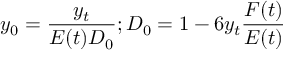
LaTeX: y _ { 0 } = \frac { y _ { t } } { E ( t ) D _ { 0 } } ; D _ { 0 } = 1 - 6 y _ { t } \frac { F ( t ) } { E ( t ) }